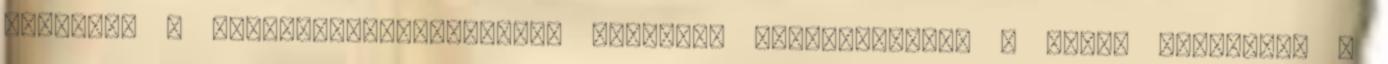
szenved, a közlekedőképességében súlyosan akadályozott. A fenti állapotot a